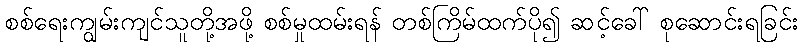
စစ်ရေးကျွမ်းကျင်သူတို့အဖို့ စစ်မှုထမ်းရန် တစ်ကြိမ်ထက်ပို၍ ဆင့်ခေါ် စုဆောင်းရခြင်း